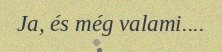
Ja, és még valami....